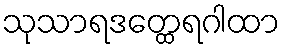
သုသာရဒတ္ထေရဂါထာ